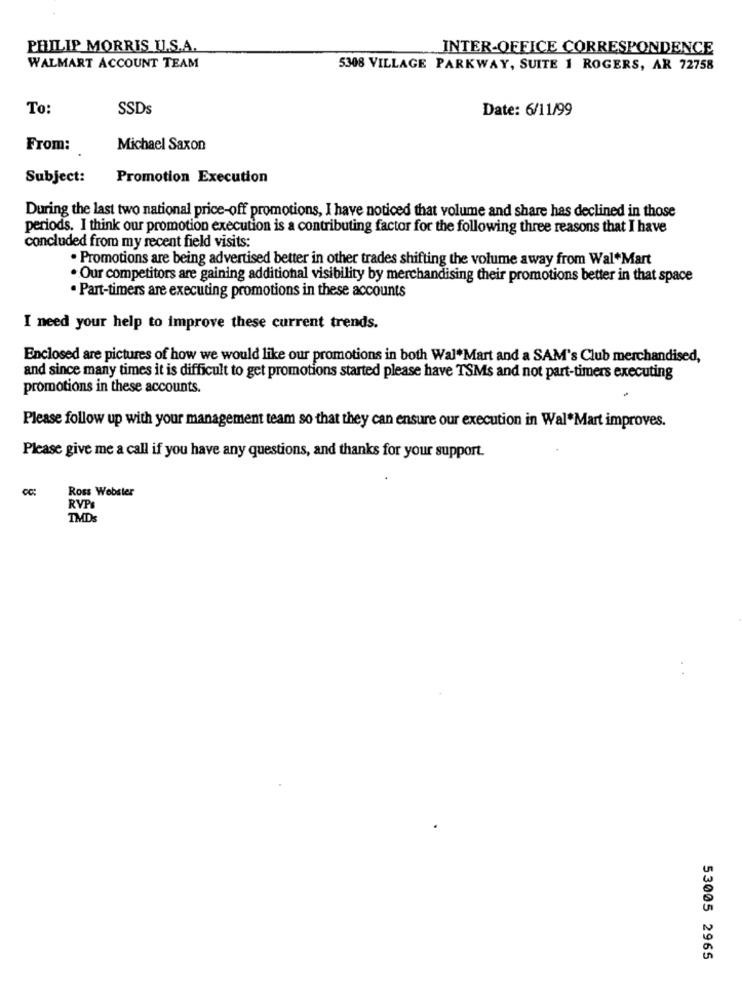
PHILIP MORRIS U.S.A.
INTER-OFFICE CORRESPONDENCE
WALMART ACCOUNT TEAM
5308 VILLAGE PARKWAY, SUITE 1 ROGERS, AR 72758
To:
SSDs
Date: 6/11/99
From:
Michael Saxon
Subject:
Promotion Execution
During the last two national price-off promotions, I have noticed that volume and share has declined in those
periods. I think our promotion execution is a contributing factor for the following three reasons that I have
concluded from my recent field visits:
. Promotions are being advertised better in other trades shifting the volume away from Wal*Mart
. Our competitors are gaining additional visibility by merchandising their promotions better in that space
. Part-timers are executing promotions in these accounts
I need your help to improve these current trends.
Enclosed are pictures of how we would like our promotions in both Wal*Mart and a SAM's Club merchandised,
and since many times it is difficult to get promotions started please have TSMs and not part-timers executing
promotions in these accounts.
Please follow up with your management team so that they can ensure our execution in Wal Mart improves.
Please give me a call if you have any questions, and thanks for your support.
Ross Webster
RVP
IMDs
53005 2965